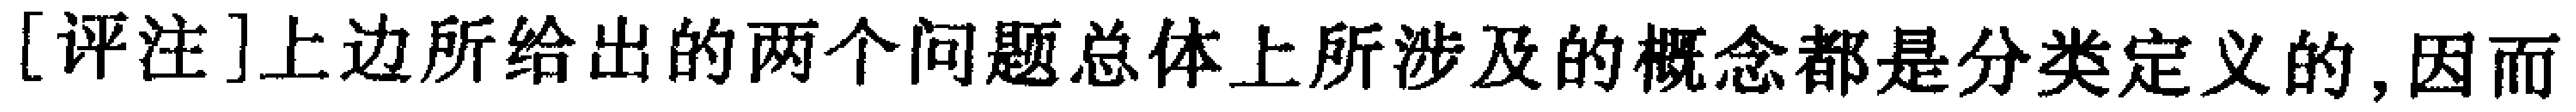
[评注]上边所给出的两个问题总体上所涉及的概念都是分类定义的,因而